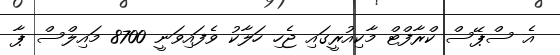
އެ ސްޕޭސް ކްރާފްޓް މާކިއުރީގައި ޖެހި ހަލާކު ވެފައިވަނީ 8700 މައިލްސް ޕާ